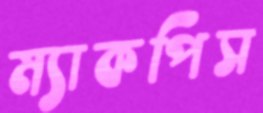
ম্যাকপিস